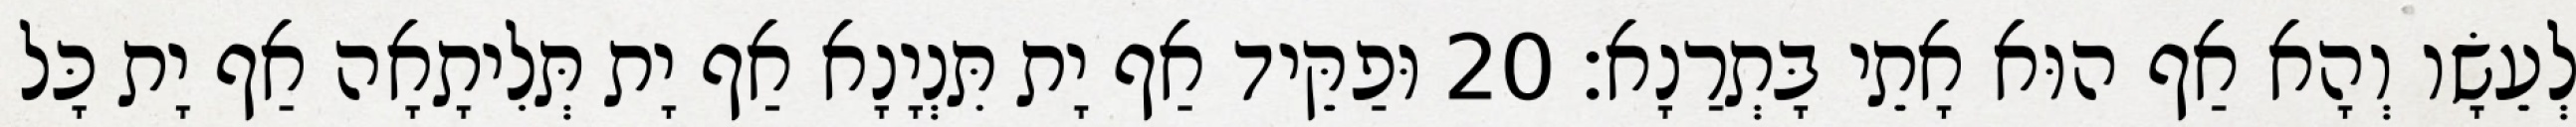
לְעֵשָׂו וְהָא אַף הוּא אָתֵי בָּתְרַנָא׃ 20 וּפַקֵּיד אַף יָת תִּנְיָנָא אַף יָת תְּלִיתָאָה אַף יָת כָּל